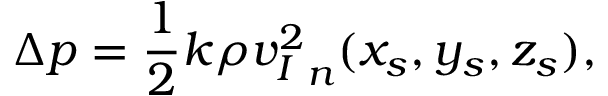
\Delta p = \frac { 1 } { 2 } k \rho { v _ { I } ^ { 2 } } _ { n } ( x _ { s } , y _ { s } , z _ { s } ) ,